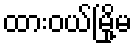
ထားဝယ်မြို့မ